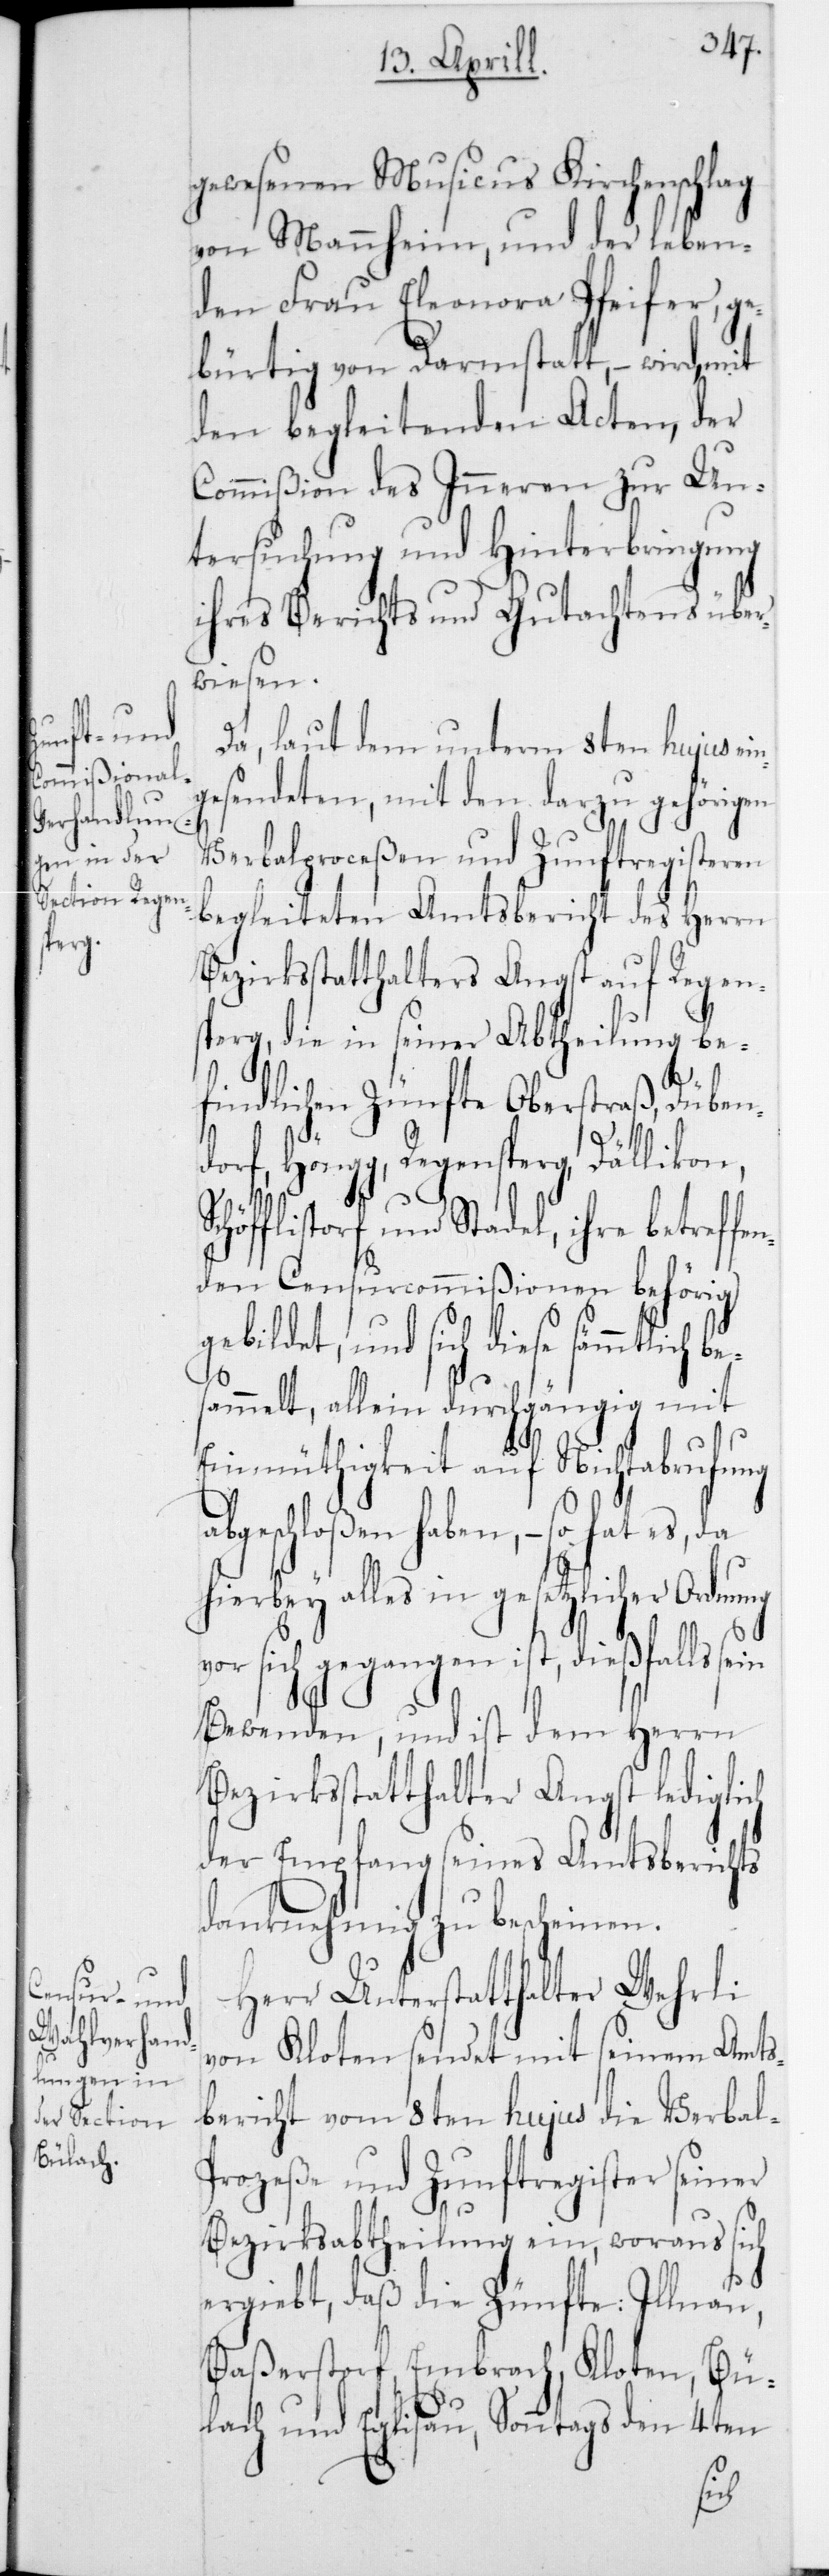
gewesenen Musicus Kirchenschlag
von Mannheim, und der leben¬
den Frau Eleonora Pfeifer, ge¬
bürtig von Darmstatt, – wird mit
den begleitenden Acten, der
Commißion des Inneren zur Un¬
tersuchung und Hinterbringung
ihres Berichts und Gutachtens über¬
wiesen.
Da, laut dem unterm 8ten hujus
gesendeten, mit den darzu gehörigen
Verbalproceßen und Zunftregisteren
begleiteten Amtsbericht des Herrn
Bezirksstatthalters Angst auf Regen¬
sperg, die in seiner Abtheilung be¬
findlichen Zünfte Oberstraß, Düben¬
v¬
dorf, Höngg, Regensperg, Dällikon,
höfflistorf und Stadel, ihre betreffe¬
nden Censurcommißionen behörig
bildet, und sich diese sämmtlich
sammelt, allein durchgängig mit
Einmüthigkeit auf Nichtabrufung
abgeschloßen haben, – so hat es, da
hierbey alles in gesetzlicher Ordn¬
or sich gegangen ist, dießfalls s¬
Bewenden, und ist dem Herrn
Bezirksstatthalter Angst lediglich
der Empfang seines Amtsberichts
danknehmig zu bescheinen.
Herr Unterstatthalter Wehrli
von Kloten sendet mit seinem Amts¬
bericht vom 8ten hujus die Verba¬
rozeße und Zunftregister seiner
Bezirksabtheilung ein, woraus sich
ergiebt, daß die Zünfte: Illnau,
Baßerstorf, Embrach, Kloten, Bü¬
lach und Eglisau, Sonntags den 4ten
l-P¬